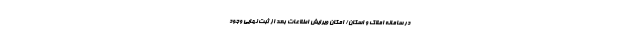
در سامانه املاک و اسکان/ امکان ویرایش اطلاعات بعد از ثبت نهایی وجود